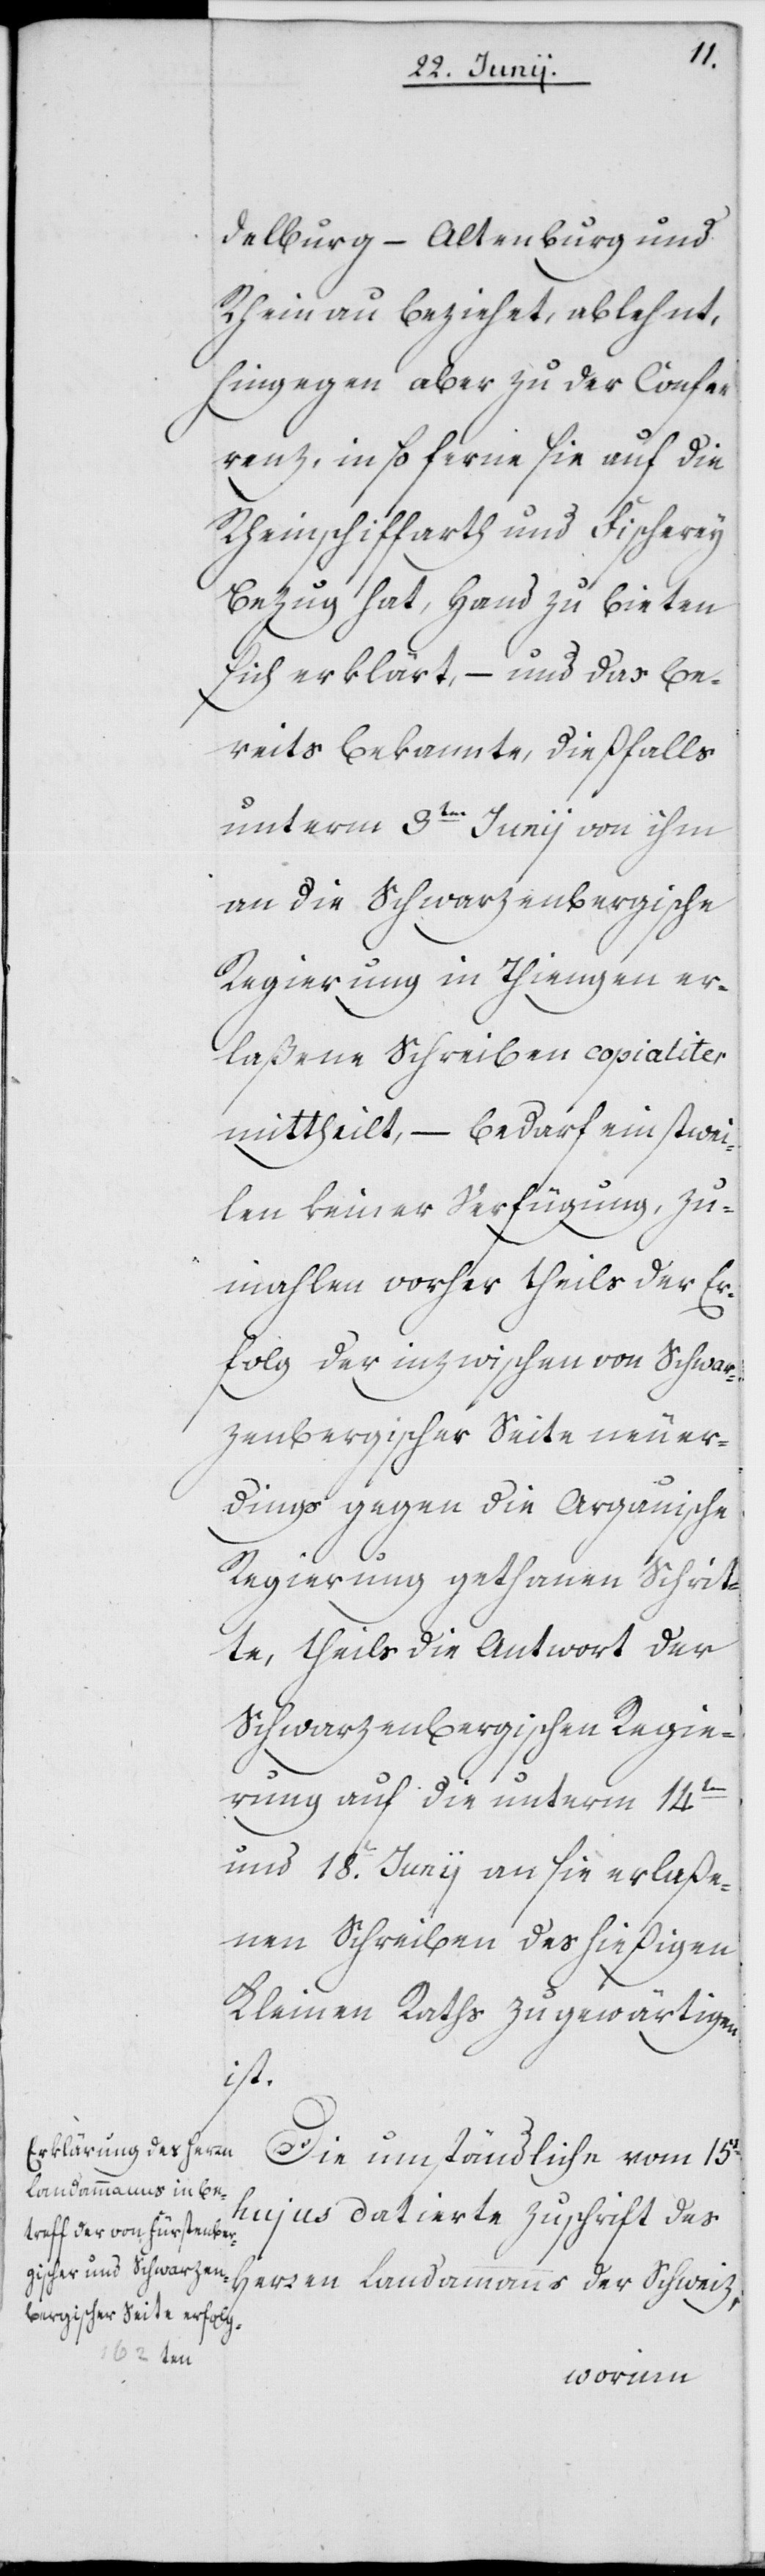
delburg – Altenburg und
Rheinau beziehet, ablehnt,
hingegen aber zu der Confe¬
renz, insoferne sie auf die
Rheinschiffarth und Fischerey
Bezug hat, Hand zu bieten
sich erklärt, – und das be¬
reits bekannte, dießfalls
unterm 9ten Junii von ihm
an die Schwarzenbergische
Regierung in Thiengen er¬
laßene Schreiben copialiter
mittheilt, – bedarf einstwei¬
len keiner Verfügung, zu¬
mahlen vorher theils der Er¬
folg der inzwischen von Schwar¬
zenbergischer Seite neuer¬
dings gegen die Argauische
Regierung gethanen Schrit¬
te, theils die Antwort der
Schwarzenbergischen Regie¬
rung auf die unterm 14ten
und 18. Junii an sie erlaße¬
nen Schreiben des hießigen
Kleinen Raths zu gewärtigen
ist.
Die umständliche vom 15t
hujus datierte Zuschrift des
Herren Landammanns der Schweiz,